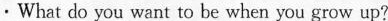
·What do you want to be when you grow up?